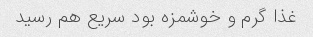
غذا گرم و خوشمزه بود سریع هم رسید